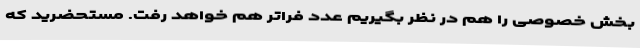
بخش خصوصی را هم در نظر بگیریم عدد فراتر هم خواهد رفت. مستحضرید که